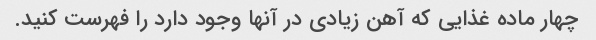
چهار ماده غذایی که آهن زیادی در آنها وجود دارد را فهرست کنید.